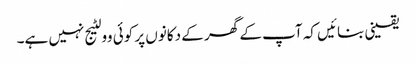
یقینی بنائیں کہ آپ کے گھر کے دکانوں پر کوئی وولٹیج نہیں ہے۔